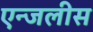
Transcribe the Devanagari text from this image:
एन्जलीस